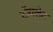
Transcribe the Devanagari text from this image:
टाॅयलेट